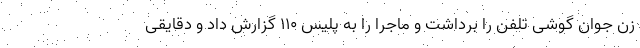
زن جوان گوشی تلفن را برداشت و ماجرا را به پلیس ۱۱۰ گزارش داد و دقایقی